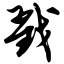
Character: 戳